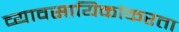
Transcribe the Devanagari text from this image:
व्यावसायिकांकरता